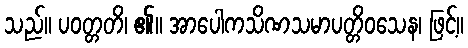
သည်။ ပဝတ္တတိ၊ ၏။ အာပေါကသိဏသမာပတ္တိဝသေန၊ ဖြင့်။